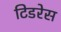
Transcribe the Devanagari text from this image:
टिडरेस